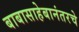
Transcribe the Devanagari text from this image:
बाबासाहेबानंतरचे